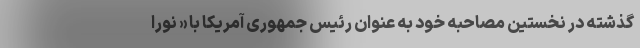
گذشته در نخستین مصاحبه خود به عنوان رئیس جمهوری آمریکا با « نورا